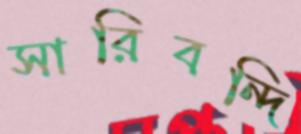
সারিবন্দি